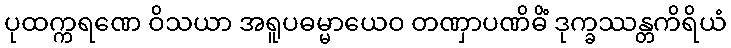
ပုထက္ကရဏေ ဝိသယာ အရူပဓမ္မာယေဝ တဏှာပဏိဓိံ ဒုက္ခဿန္တကိရိယံ